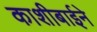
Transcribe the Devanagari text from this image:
काशीबाईने